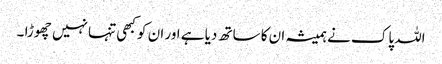
اللہ پاک نے ہمیشہ ان کا ساتھ دیا ہے اور ان کو کبھی تنہا نہیں چھوڑا ۔